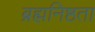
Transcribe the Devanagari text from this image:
ब्रह्मनिष्ठता